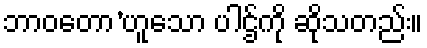
ဘာဝတော’ဟူသော ပါဌ်ကို ဆိုသတည်း။